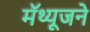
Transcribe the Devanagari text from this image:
मॅथ्यूजने